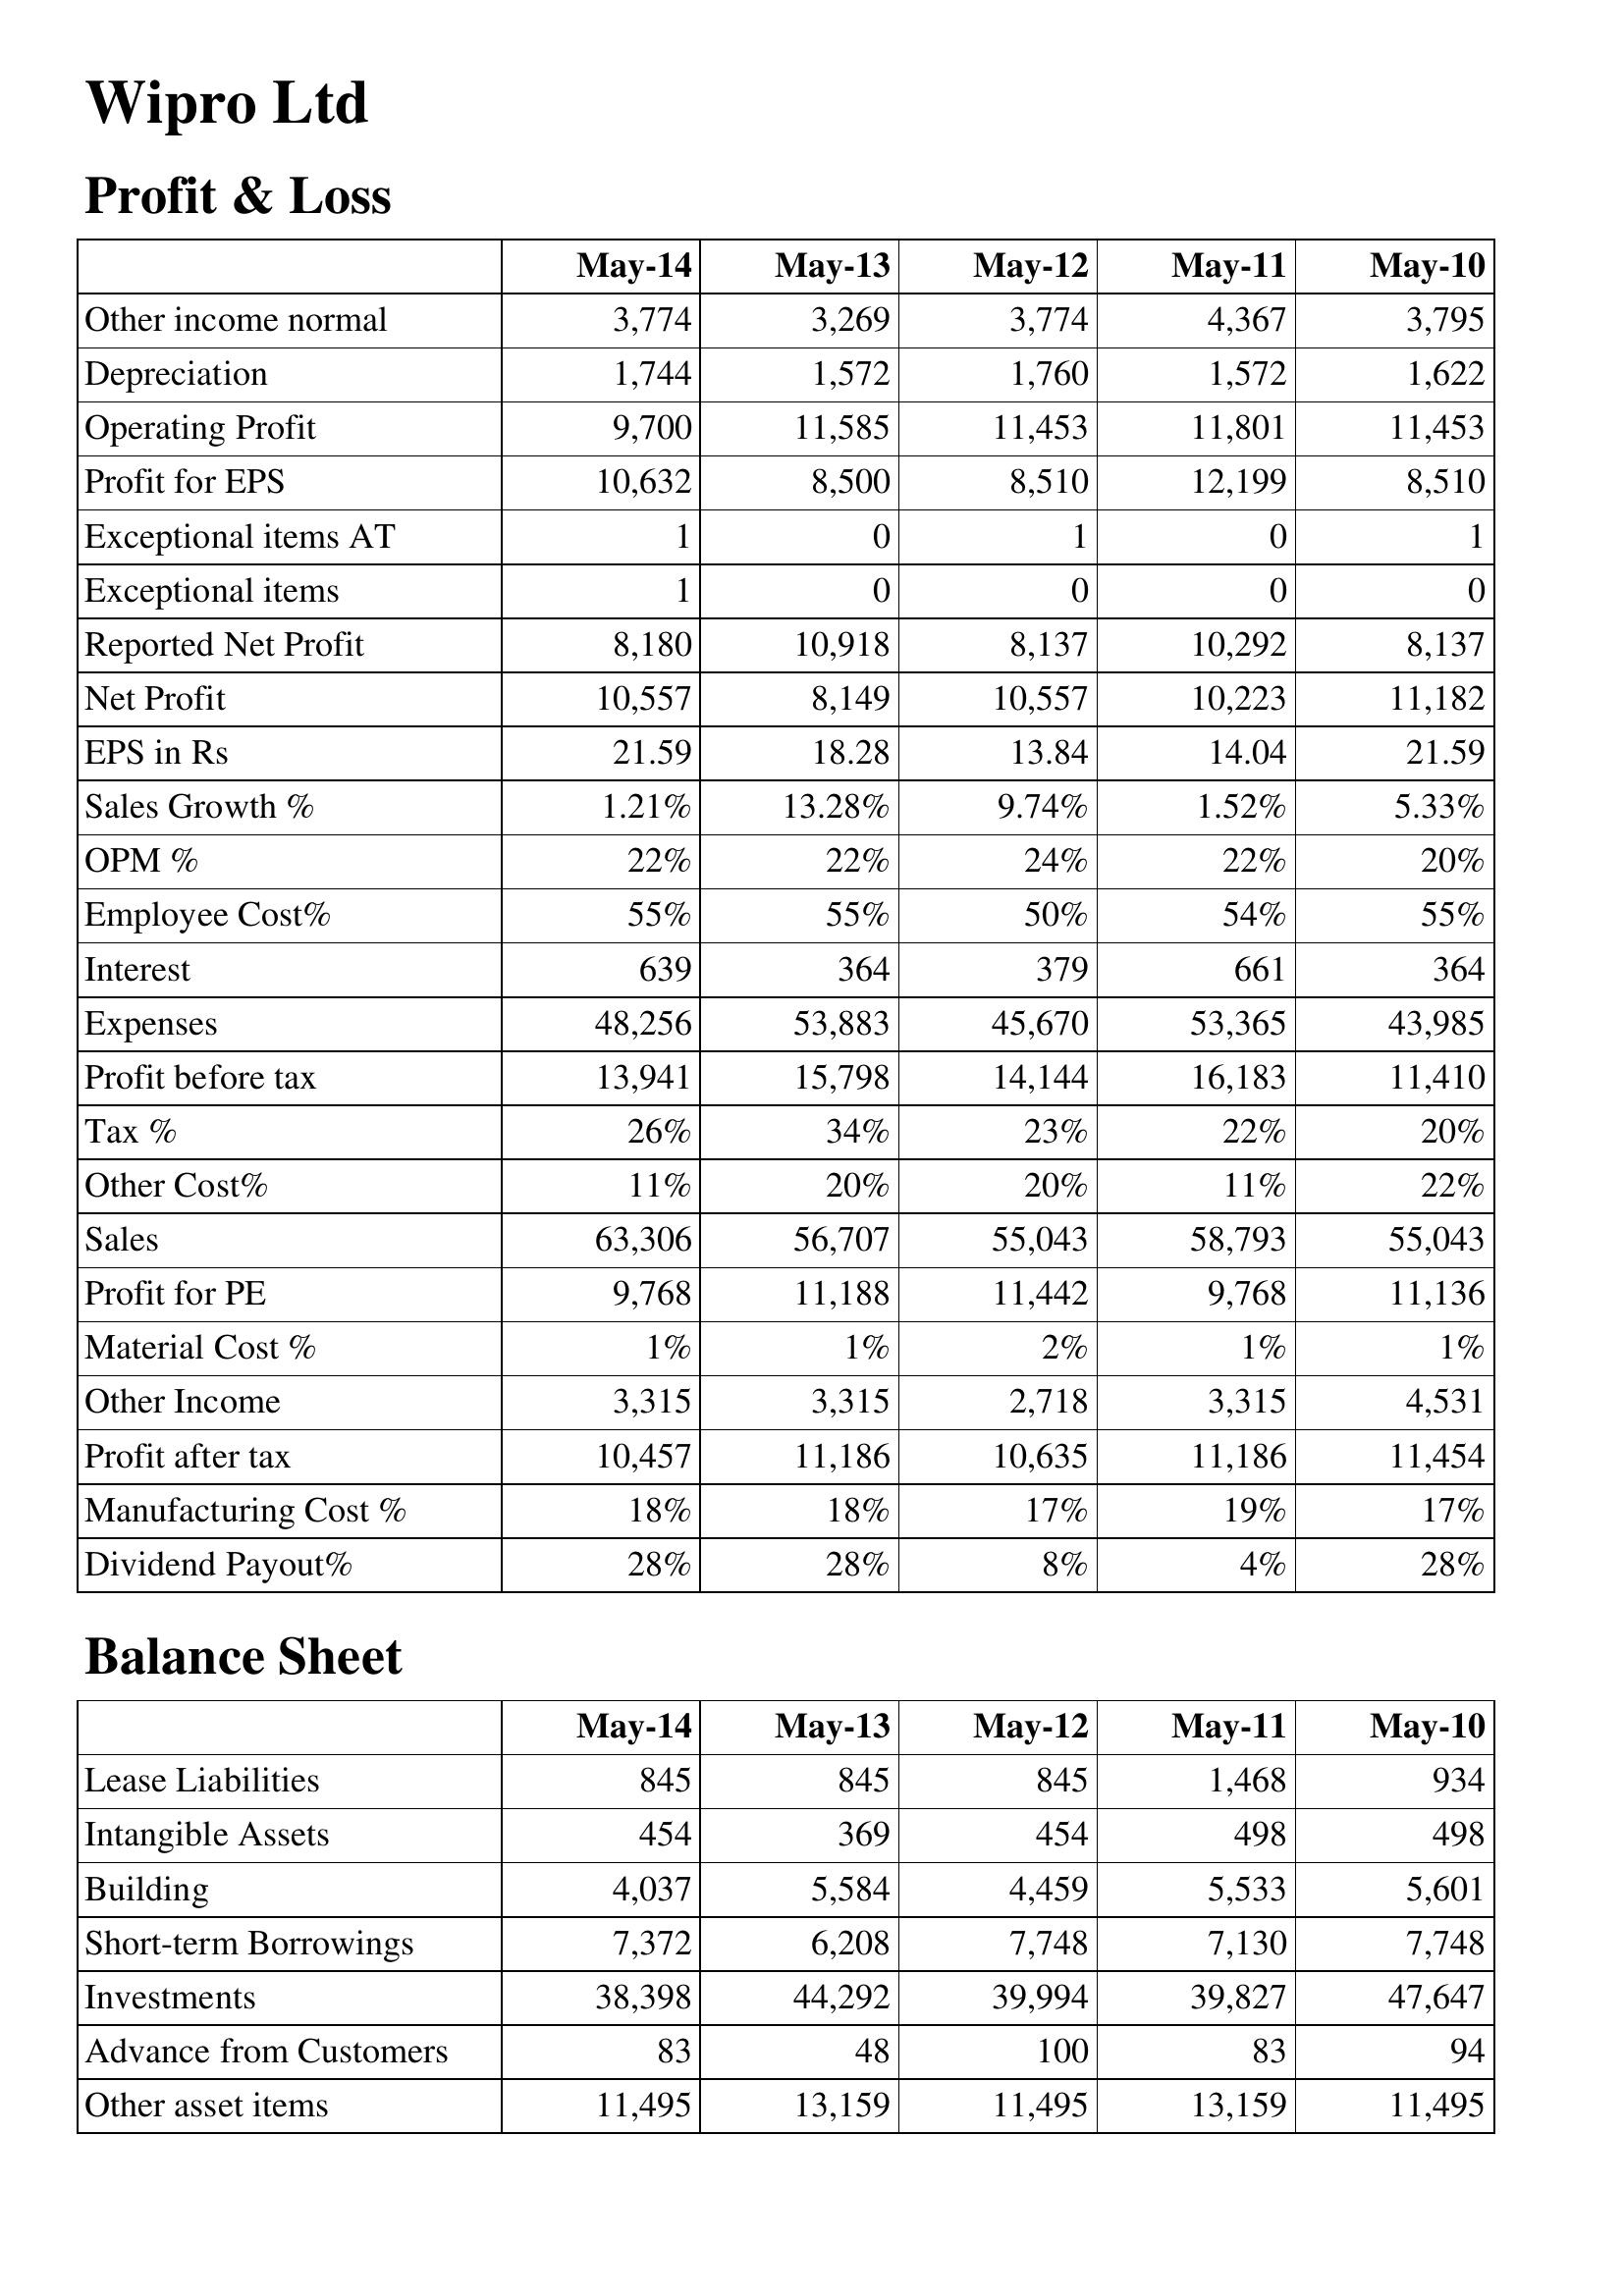
May-14: Profit & Loss: Other income normal: 3,774
Depreciation: 1,744
Operating Profit: 9,700
Profit for EPS: 10,632
Exceptional items AT: 1
Exceptional items: 1
Reported Net Profit: 8,180
Net Profit: 10,557
EPS in Rs: 21.59
Sales Growth %: 1.21%
OPM %: 22%
Employee Cost%: 55%
Interest: 639
Expenses: 48,256
Profit before tax: 13,941
Tax %: 26%
Other Cost%: 11%
Sales: 63,306
Profit for PE: 9,768
Material Cost %: 1%
Other Income: 3,315
Profit after tax: 10,457
Manufacturing Cost %: 18%
Dividend Payout%: 28%
Balance Sheet: Lease Liabilities: 845
Intangible Assets: 454
Building: 4,037
Short-term Borrowings: 7,372
Investments: 38,398
Advance from Customers: 83
Other asset items: 11,495
May-13: Profit & Loss: Other income normal: 3,269
Depreciation: 1,572
Operating Profit: 11,585
Profit for EPS: 8,500
Exceptional items AT: 0
Exceptional items: 0
Reported Net Profit: 10,918
Net Profit: 8,149
EPS in Rs: 18.28
Sales Growth %: 13.28%
OPM %: 22%
Employee Cost%: 55%
Interest: 364
Expenses: 53,883
Profit before tax: 15,798
Tax %: 34%
Other Cost%: 20%
Sales: 56,707
Profit for PE: 11,188
Material Cost %: 1%
Other Income: 3,315
Profit after tax: 11,186
Manufacturing Cost %: 18%
Dividend Payout%: 28%
Balance Sheet: Lease Liabilities: 845
Intangible Assets: 369
Building: 5,584
Short-term Borrowings: 6,208
Investments: 44,292
Advance from Customers: 48
Other asset items: 13,159
May-12: Profit & Loss: Other income normal: 3,774
Depreciation: 1,760
Operating Profit: 11,453
Profit for EPS: 8,510
Exceptional items AT: 1
Exceptional items: 0
Reported Net Profit: 8,137
Net Profit: 10,557
EPS in Rs: 13.84
Sales Growth %: 9.74%
OPM %: 24%
Employee Cost%: 50%
Interest: 379
Expenses: 45,670
Profit before tax: 14,144
Tax %: 23%
Other Cost%: 20%
Sales: 55,043
Profit for PE: 11,442
Material Cost %: 2%
Other Income: 2,718
Profit after tax: 10,635
Manufacturing Cost %: 17%
Dividend Payout%: 8%
Balance Sheet: Lease Liabilities: 845
Intangible Assets: 454
Building: 4,459
Short-term Borrowings: 7,748
Investments: 39,994
Advance from Customers: 100
Other asset items: 11,495
May-11: Profit & Loss: Other income normal: 4,367
Depreciation: 1,572
Operating Profit: 11,801
Profit for EPS: 12,199
Exceptional items AT: 0
Exceptional items: 0
Reported Net Profit: 10,292
Net Profit: 10,223
EPS in Rs: 14.04
Sales Growth %: 1.52%
OPM %: 22%
Employee Cost%: 54%
Interest: 661
Expenses: 53,365
Profit before tax: 16,183
Tax %: 22%
Other Cost%: 11%
Sales: 58,793
Profit for PE: 9,768
Material Cost %: 1%
Other Income: 3,315
Profit after tax: 11,186
Manufacturing Cost %: 19%
Dividend Payout%: 4%
Balance Sheet: Lease Liabilities: 1,468
Intangible Assets: 498
Building: 5,533
Short-term Borrowings: 7,130
Investments: 39,827
Advance from Customers: 83
Other asset items: 13,159
May-10: Profit & Loss: Other income normal: 3,795
Depreciation: 1,622
Operating Profit: 11,453
Profit for EPS: 8,510
Exceptional items AT: 1
Exceptional items: 0
Reported Net Profit: 8,137
Net Profit: 11,182
EPS in Rs: 21.59
Sales Growth %: 5.33%
OPM %: 20%
Employee Cost%: 55%
Interest: 364
Expenses: 43,985
Profit before tax: 11,410
Tax %: 20%
Other Cost%: 22%
Sales: 55,043
Profit for PE: 11,136
Material Cost %: 1%
Other Income: 4,531
Profit after tax: 11,454
Manufacturing Cost %: 17%
Dividend Payout%: 28%
Balance Sheet: Lease Liabilities: 934
Intangible Assets: 498
Building: 5,601
Short-term Borrowings: 7,748
Investments: 47,647
Advance from Customers: 94
Other asset items: 11,495